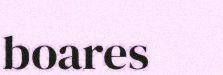
boares